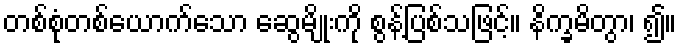
တစ်စုံတစ်ယောက်သော ဆွေမျိုးကို စွန့်ပြစ်သဖြင့်။ နိက္ခမိတွာ၊ ၍။